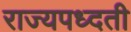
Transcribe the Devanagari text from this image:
राज्यपध्दती